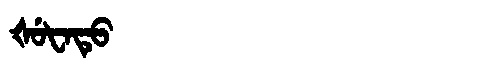
Manchu: ᡧᡠᡶᠠᡨᡠ
Romanization: ŠUFATU